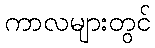
ကာလများတွင်